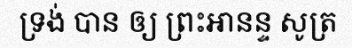
ទ្រង់ បាន ឲ្យ ព្រះឣានន្ទ សូត្រ